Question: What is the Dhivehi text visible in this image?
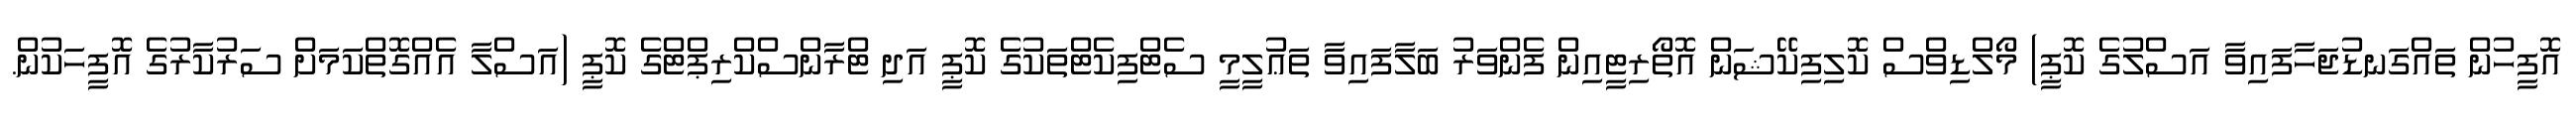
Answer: އޮފީހުން ތައްގަނޑުޖަހާފައިވާ އަސްލުގެ ކޮޕީ) މޯލްޑިވްސް ކޮލިފިކޭޝަން އޮތޯރިޓީއިން ފެންވަރު ބަލާފައިވާ ތަޢުލީމީ ސެޓްފިކެޓްތަކުގެ ކޮޕީ އަދި ޓްރާންސްކްރިޕްޓްގެ ކޮޕީ (އަސްލާ އެއްގޮތްކަމަށް ސަރުކާރުގެ އޮފީހަކުން.